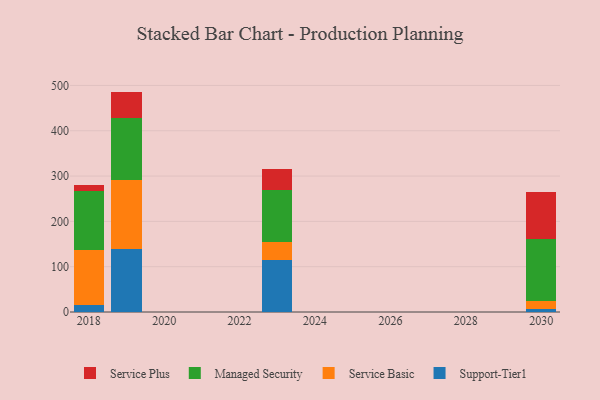
{"axis": {"x": "Year", "y": "Conversion Rate (%)"}, "legend": ["Managed Security", "Service Basic", "Service Plus", "Support-Tier1"], "data": [{"x": "2019", "y": 138.1, "type": "Support-Tier1"}, {"x": "2019", "y": 152.8, "type": "Service Basic"}, {"x": "2019", "y": 137.8, "type": "Managed Security"}, {"x": "2019", "y": 57.7, "type": "Service Plus"}, {"x": "2018", "y": 14.8, "type": "Support-Tier1"}, {"x": "2018", "y": 121.4, "type": "Service Basic"}, {"x": "2018", "y": 130.5, "type": "Managed Security"}, {"x": "2018", "y": 13.2, "type": "Service Plus"}, {"x": "2023", "y": 115.1, "type": "Support-Tier1"}, {"x": "2023", "y": 40.0, "type": "Service Basic"}, {"x": "2023", "y": 114.0, "type": "Managed Security"}, {"x": "2023", "y": 45.5, "type": "Service Plus"}, {"x": "2030", "y": 7.2, "type": "Support-Tier1"}, {"x": "2030", "y": 16.2, "type": "Service Basic"}, {"x": "2030", "y": 138.8, "type": "Managed Security"}, {"x": "2030", "y": 103.1, "type": "Service Plus"}]}